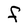
Character: F